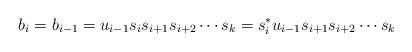
LaTeX: \begin{align*} b_i = b_{i-1}= u_{i-1} s_{i} s_{i+1} s_{i+2} \cdots s_k = s_{i}^* u_{i-1} s_{i+1} s_{i+2}\cdots s_k\end{align*}